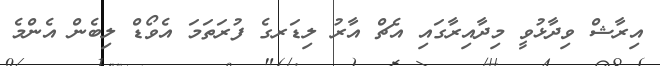
އިރާޝް ވިދާޅުވީ މިދާއިރާގައި އެޗް އާރު ލިޑަރގެ ފުރަތަމަ އެވޯޑް ލިބެން އެންމެ